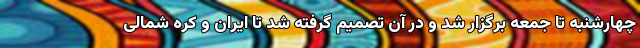
چهارشنبه تا جمعه برگزار شد و در آن تصمیم گرفته شد تا ایران و کره شمالی